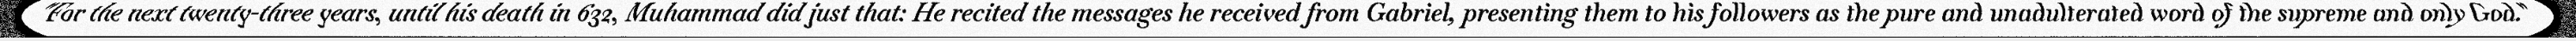
"For the next twenty-three years, until his death in 632, Muhammad did just that: He recited the messages he received from Gabriel, presenting them to his followers as the pure and unadulterated word of the supreme and only God."